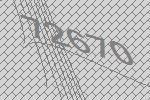
72670